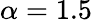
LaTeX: \alpha=1.5